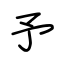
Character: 矛